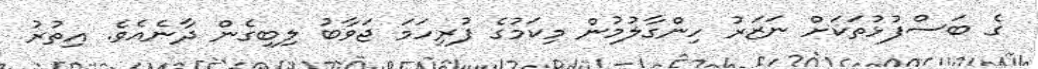
ގެ ބަސްފުޅުތަކަށް ނަޒަރު ހިންގާލުމުން މިކަމުގެ ފުރިހަމަ ޖަވާބު ލިބިގެން ދާނެއެވެ. އިތުރު